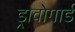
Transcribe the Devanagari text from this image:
ड्रावोगार्ड